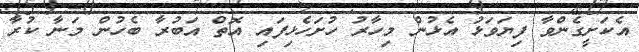
އެކަށީގެންވާ ފިޔަވަޅު އެޅުން މިހާރު ހުށަހެޅިފައި އޮތް އަބުރާ ބެހުން މަނާ ކުރާ